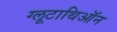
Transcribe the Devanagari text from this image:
ग्लूटाथिऑन